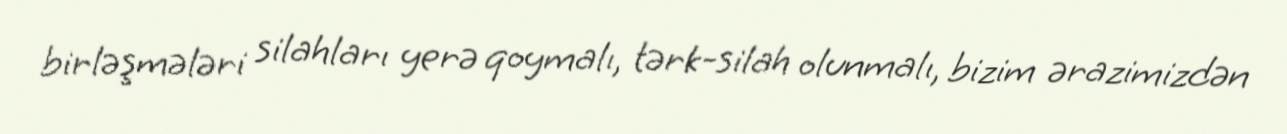
birləşmələri silahları yerə qoymalı, tərk-silah olunmalı, bizim ərazimizdən